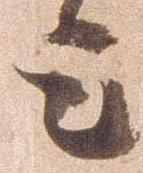
上